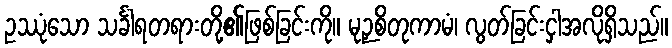
ဥဿုံသော သင်္ခါရတရားတို့၏ဖြစ်ခြင်းကို။ မုဉှစိတုကာမံ၊ လွတ်ခြင်းငှါအလိုရှိသည်။